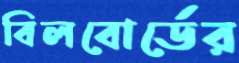
বিলবোর্ডের